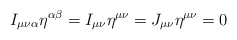
\begin{align*}I_{\mu\nu\alpha}\eta^{\alpha\beta} = I_{\mu\nu}\eta^{\mu\nu} =J_{\mu\nu}\eta^{\mu\nu} = 0\end{align*}